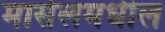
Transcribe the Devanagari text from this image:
मार्सेलमधील